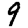
Digit: 9